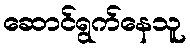
ဆောင်ရွက်နေသူ